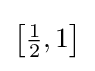
\left[{\tfrac {1}{2}},1\right]